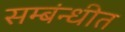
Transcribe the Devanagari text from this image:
सम्बंन्धीत